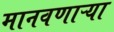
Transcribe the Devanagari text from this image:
मानवणाऱ्या